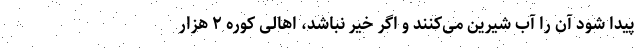
پیدا شود آن را آب شیرین می‌کنند و اگر خیّر نباشد، اهالی کوره ۲ هزار